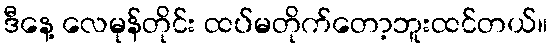
ဒီနေ့ လေမုန်တိုင်း ထပ်မတိုက်တော့ဘူးထင်တယ်။